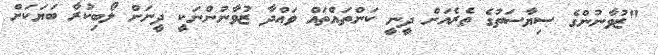
"ޒުވާނުންގެ ސިޔާސަތުގެ ތެރެއަށް ދީނީ ކަންތައްތައް ވައްދާ ޒުވާނުންނަކީ ދީނަށް ލޯބިކުރާ ބަޔަކަށް